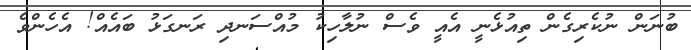
ބުނަން ނުކެރިގެން ތިއުޅެނީ އެއީ ވެސް ނުލާހިކު މުއްސަނދި ރަނގަޅު ބައެއް! އެހެންވެ